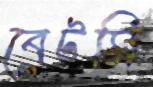
বেটসি